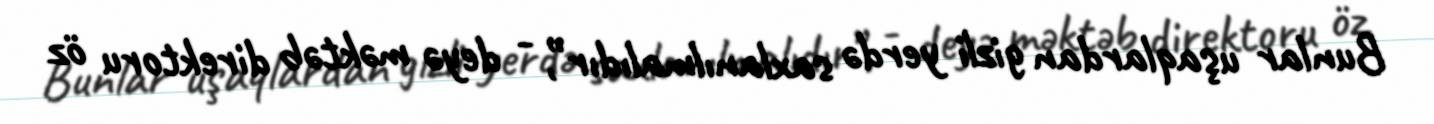
Bunlar uşaqlardan gizli yerdə saxlanılmalıdır”, - deyə məktəb direktoru öz